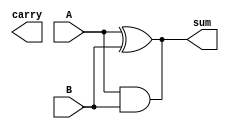
//code to implement Half Adder using Structural Modelling

module exp_str(sum, carry, A, B);
input A, B; output sum, carry;
xor g1(sum, A, B);
and g2(sum, A, B);
endmodule